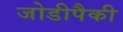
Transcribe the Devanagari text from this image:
जोडीपैकी